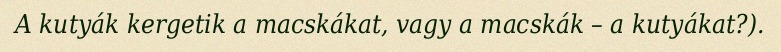
A kutyák kergetik a macskákat, vagy a macskák – a kutyákat?).